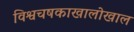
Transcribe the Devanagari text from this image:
विश्वचषकाखालोखाल